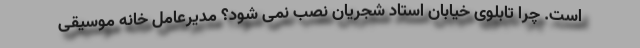
است. چرا تابلوی خیابان استاد شجریان نصب نمی شود؟ مدیرعامل خانه موسیقی